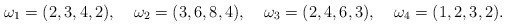
\begin{align*}\omega_1 &= (2,3,4,2),&\omega_2 &= (3,6,8,4),&\omega_3 &= (2,4,6,3),&\omega_4 = (1,2,3,2).\end{align*}